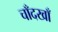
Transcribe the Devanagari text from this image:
चाँदखाँ